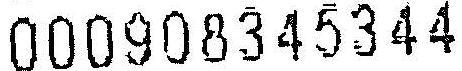
000908345344